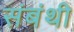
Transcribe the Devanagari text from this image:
संबंथी